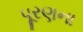
પૂરણના